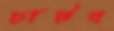
চাটব